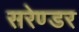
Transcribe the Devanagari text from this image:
सरेण्डर